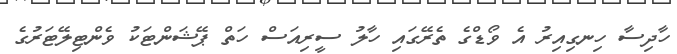
ހާދިސާ ހިނގިއިރު އެ ވޯޑްގެ ތެރޭގައި ހާލު ސީރިއަސް ހަތް ޕޭޝަންޓަކު ވެންޓިލޭޓަރުގެ